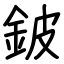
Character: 鈹